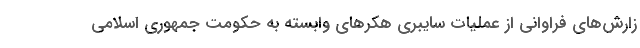
زارش‌های فراوانی از عملیات سایبری هکرهای وابسته به حکومت جمهوری اسلامی